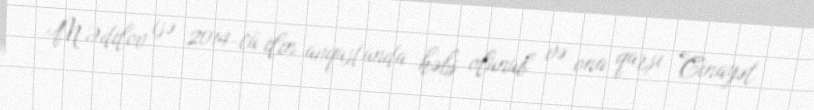
M.Ədilov isə 2014-cü ilin avqustunda həbs olunub və ona qarşı Cinayət